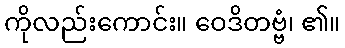
ကိုလည်းကောင်း။ ဝေဒိတဗ္ဗံ၊ ၏။